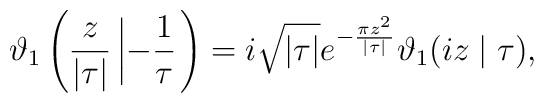
\vartheta_1\left(\frac {z}{|\tau|}\left| -\frac {1}{\tau}\right.\right)=i\sqrt{|\tau|}e^{-\frac{\pi z^2}{|\tau|}}\vartheta _1 (iz\mid \tau ),